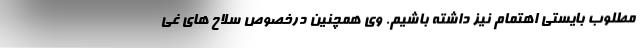
مطلوب بایستی اهتمام نیز داشته باشیم. وی همچنین درخصوص سلاح های غی